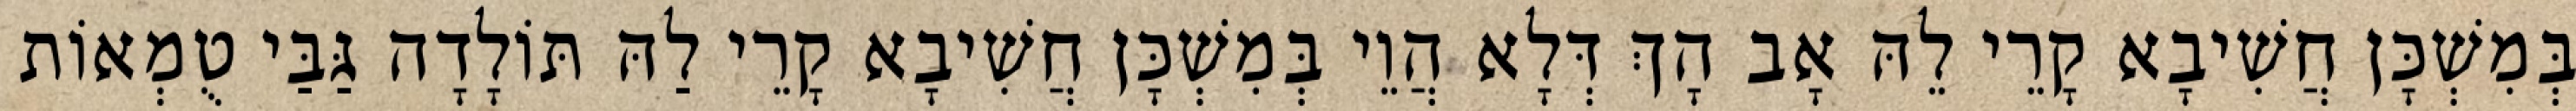
בְּמִשְׁכָּן חֲשִׁיבָא קָרֵי לֵהּ אָב הָךְ דְּלָא הֲוֵי בְּמִשְׁכָּן חֲשִׁיבָא קָרֵי לַהּ תּוֹלָדָה גַּבַּי טֻמְאוֹת